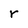
Character: r